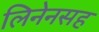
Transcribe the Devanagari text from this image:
लिनेनसह